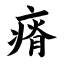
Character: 瘠